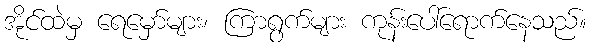
အိုင်ထဲမှ ရေမှော်များ၊ ကြာရွက်များ ကုန်းပေါ်ရောက်နေသည်။